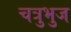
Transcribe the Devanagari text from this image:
चत्रुभुज